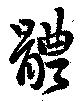
体